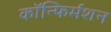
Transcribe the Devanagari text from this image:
कॉन्फिर्मशन